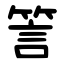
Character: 䇾